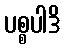
ပစ္စပါဒိ